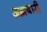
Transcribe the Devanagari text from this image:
अख़बारी